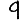
Digit: 9